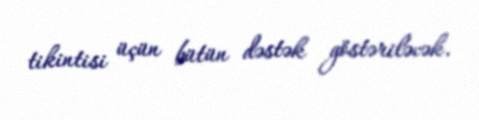
tikintisi üçün bütün dəstək göstəriləcək.